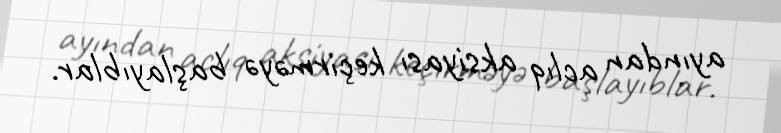
ayından aclıq aksiyası keçirməyə başlayıblar.